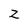
Character: Z